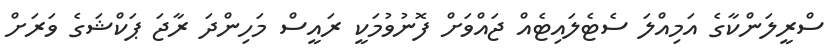
ސްރީލަންކާގެ އަމިއްލަ ސެޓެލައިޓެއް ޖައްވަށް ފޮނުވުމަކީ ރައީސް މަހިންދަ ރާޖަ ޕަކްޝަގެ ވަރަށް